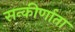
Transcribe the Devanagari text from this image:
सन्कीर्णाता